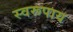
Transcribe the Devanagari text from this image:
स्वरूपाय